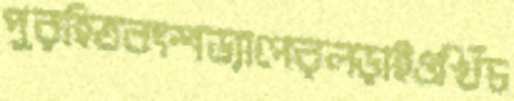
পুরহিতবংশড্যাপেরলড়াইওখিঁচ